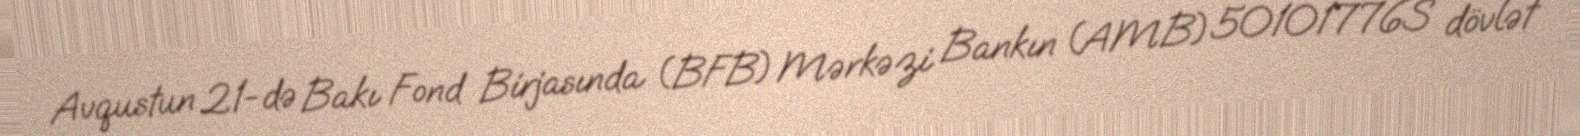
Avqustun 21-də Bakı Fond Birjasında (BFB) Mərkəzi Bankın (AMB) 50101776S dövlət